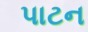
પાટન